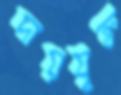
দায়যুক্ত